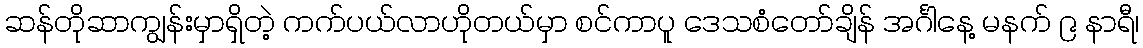
ဆန်တိုဆာကျွန်းမှာရှိတဲ့ ကက်ပယ်လာဟိုတယ်မှာ စင်ကာပူ ဒေသစံတော်ချိန် အင်္ဂါနေ့ မနက် ၉ နာရီ၊